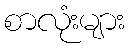
စာလုံးများ